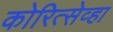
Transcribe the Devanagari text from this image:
कोरित्सेव्हा